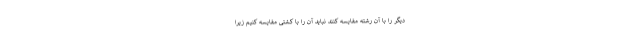
دیگر را با آن رشته مقایسه کنند نباید آن را با کشتی مقایسه کنیم زیرا